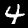
Digit: 4